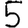
Digit: 5